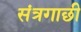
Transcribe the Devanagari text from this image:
संत्रगाछी